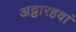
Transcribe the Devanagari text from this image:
अट्ठारहवां